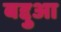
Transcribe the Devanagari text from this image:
बद्दुआ